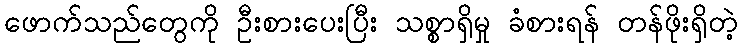
ဖောက်သည်တွေကို ဦးစားပေးပြီး သစ္စာရှိမှု ခံစားရန် တန်ဖိုးရှိတဲ့